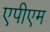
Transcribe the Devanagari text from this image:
एपीएम